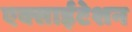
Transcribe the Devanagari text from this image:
एक्साईटेशन